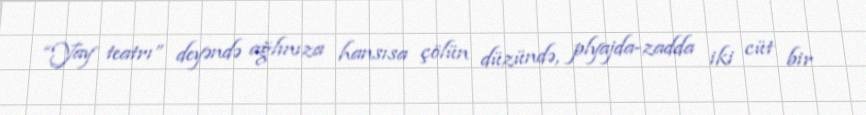
“Yay teatrı” deyəndə ağlınıza hansısa çölün düzündə, plyajda-zadda iki cüt bir